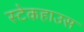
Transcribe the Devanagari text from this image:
स्टेकहाउस